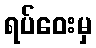
ရပ်ဝေးမှ